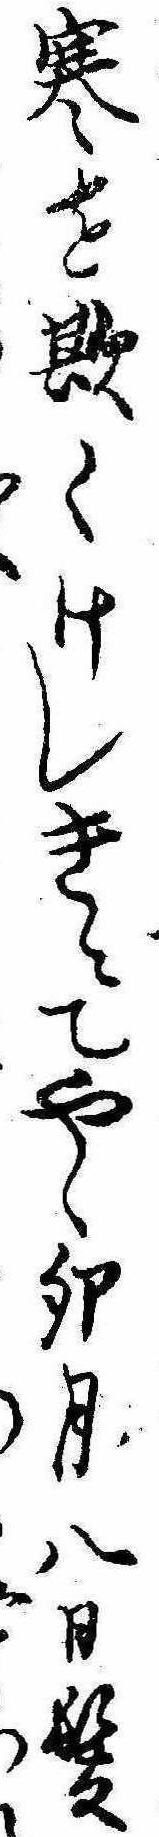
寒を欺くけしきにてやゝ卯月八日髪